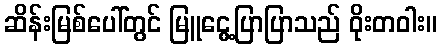
ဆိန်းမြစ်ပေါ်တွင် မြူငွေ့ပြာပြာသည် ဝိုးတဝါး။